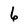
Character: 6